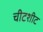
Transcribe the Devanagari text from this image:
चीटशीट